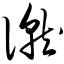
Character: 僦